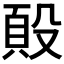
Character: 𭮷